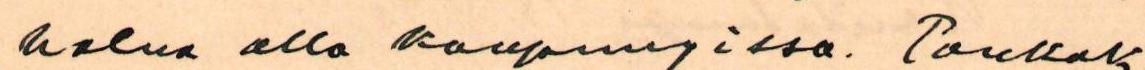
halua olla kaupungissa. Toukok.